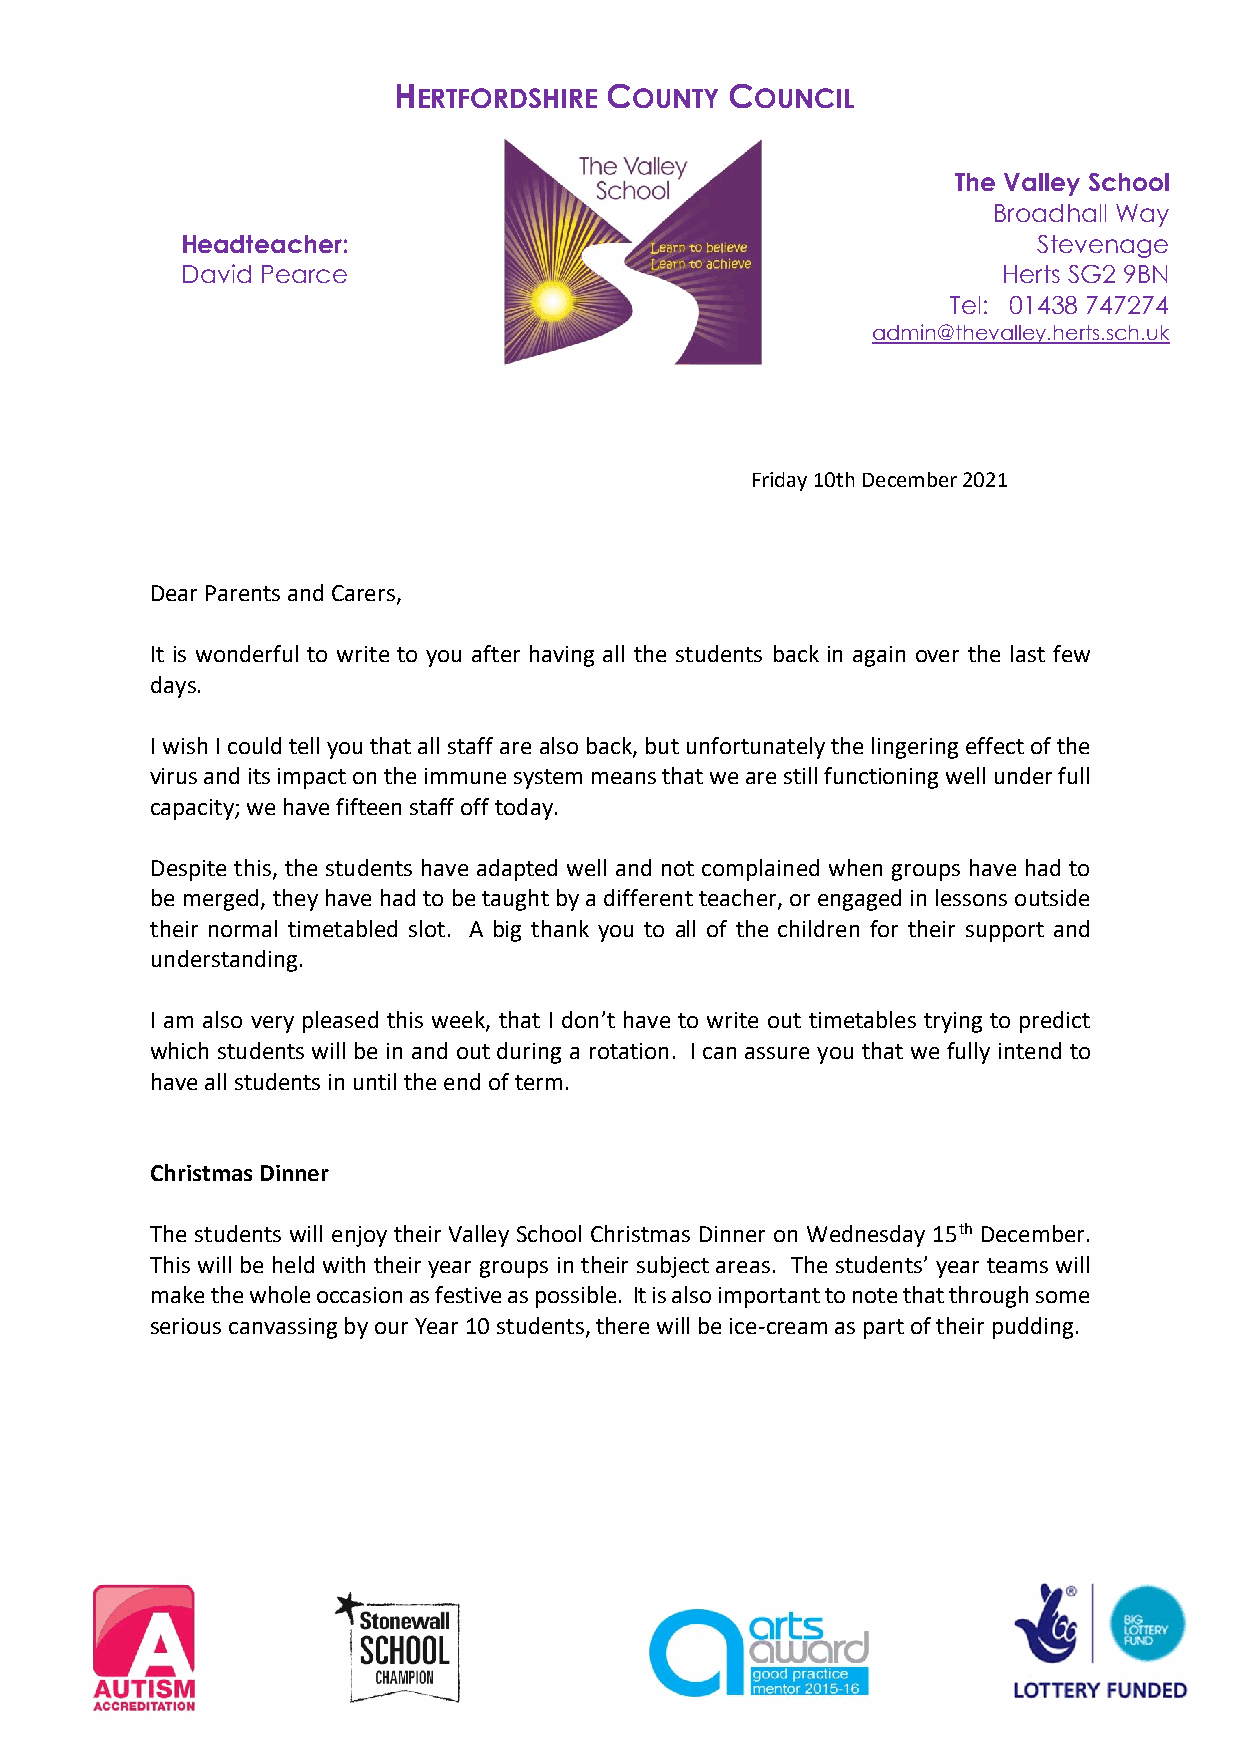
HERTFORDSHIRE COUNTY  COUNCIL
 The Valley School
 Broadhall Way
 Headteacher:                                             Stevenage
 David Pearce                                          Herts SG2 9BN
 Tel: 01438 747274
 admin@thevalley.herts.sch.uk
 Friday 10th December 2021
 Dear Parents and Carers,
 It is wonderful to write to you after having all the students back in again over the last few
 days.
 I wish I could tell you that all staff are also back, but unfortunately the lingering effect of the
 virus and its impact on the immune system means that we are still functioning well under full
 capacity; we have fifteen staff off today.
 Despite this, the students have adapted well and not complained when groups have had to
 be merged, they have had to be taught by a different teacher, or engaged in lessons outside
 their normal timetabled slot. A big thank you to all of the children for their support and
 understanding.
 I am also very pleased this week, that I don’t have to write out timetables trying to predict
 which students will be in and out during a rotation. I can assure you that we fully intend to
 have all students in until the end of term.
 Christmas Dinner
 The students will enjoy their Valley School Christmas Dinner on Wednesday 15th December.
 This will be held with their year groups in their subject areas. The students’ year teams will
 make the whole occasion as festive as possible. It is also important to note that through some
 serious canvassing by our Year 10 students, there will be ice-cream as part of their pudding.